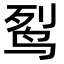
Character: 䴕